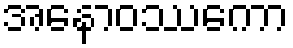
အနောဝဿကော